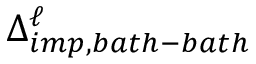
\Delta _ { i m p , b a t h - b a t h } ^ { \ell }